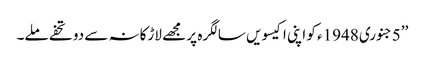
’’5جنوری 1948ء کو اپنی اکیسویں سالگرہ پر مجھے لاڑکانہ سے دو تحفے ملے۔